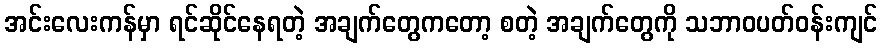
အင်းလေးကန်မှာ ရင်ဆိုင်နေရတဲ့ အချက်တွေကတော့ စတဲ့ အချက်တွေကို သဘာဝပတ်ဝန်းကျင်